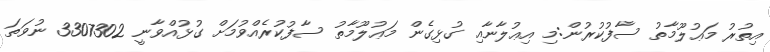
އިތުރު މަޢުލޫމާތު ސާފުކުރުން:މި އިޢުލާނާއި ގުޅިގެން މަޢުލޫމާތު ސާފުކުރެއްވުމަށް ގުޅުއްވާނީ 3307302 ނުވަތަ